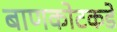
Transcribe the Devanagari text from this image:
बाणकोटकडे